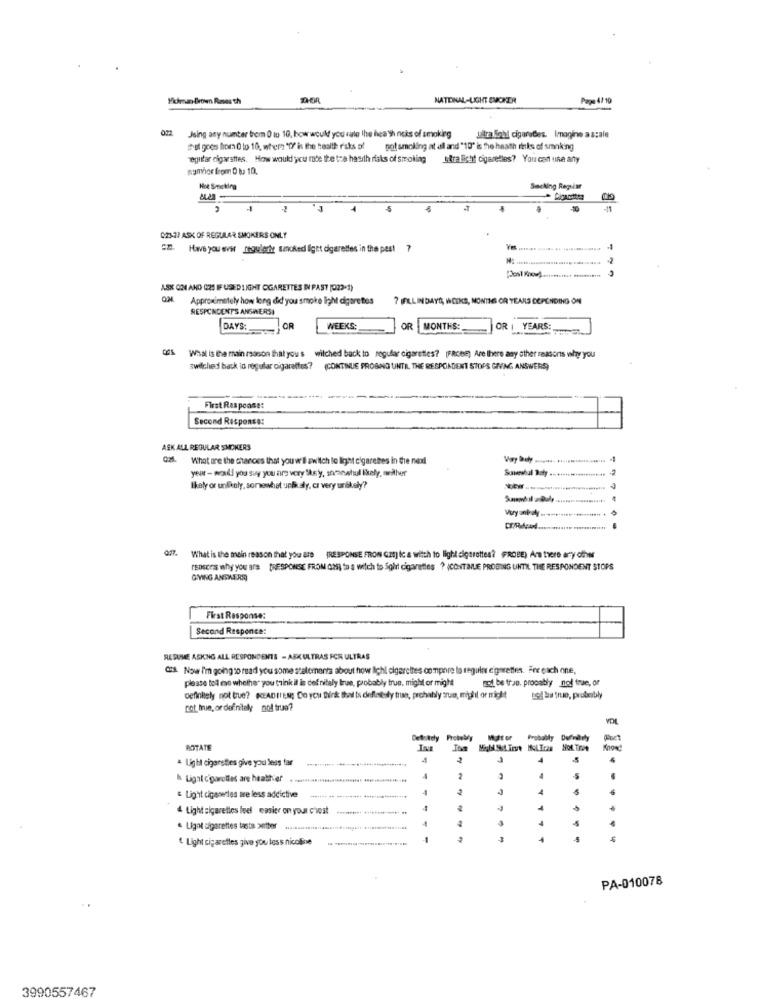
Hickman Brown Raves th
NATIONAL-LIGHT SMOKER
Page 4/ 10
Jsing any number from 0 to 10, how would you rate lhe heath ncks of smoking
ultralinhl cigaredes. Imagine a scale
tal goes from 0 to 10, where "ff' is the health risks of
got smelling at al and "10" is the heath risks of smoking
egitar cigarsttes. How would you rate the tre hasith risks of smoking Bralicht cigaretles? You can use any
nymher from D tu 10.
Hoe Smeking
Seeking Regular
TIS
-
3
023-27 ASK OF REGULAR SMOKERS ONLY
==. Have you ever regularly uncked ight cigarettes in the past ?
ASK ON AND (21 IF USED LIGHT OGARETTES IN PAST [023-1)
Approximately how long did you smoke light cigare tos
7 FELLINDAYS, WODKS, NONTHES OR YEARS DEPENDING ON
RESPONDENTS ANSINERSI
DAYS:
OR
WEEKS:
OR MONTHS:
OR | YEARS:
OF What is the main reason that you's wilched back to regular cigaretles? [FRceE) Are there any other reasons why you
swilched back in regular cigarettes? (CONTINUE PROBING UNTR THE RESPONDENT STOPS GIVING ANSWERS)
First Response:
Second Response:
ASK ALL REGULAR SMOKERS
Gal. What are the chances that you w Il switch lo light cigarettes in the noxl
year - woull you say you are very Ste y, sanshul likely näher
Sovevhal Daty ......
Ikaly or unfkaly, somewhat undcaly, cr very unlikely'?
Q77. What is the main reason that you are (RESPONSE FRON Gat] ic a witch to light cigarettes? (PROBE) Are there any other
reasons why you are [RESPONSE FROM DOS) to s witch to Sight cigarettes ? (CONTINUE PROBING UNTIL THE RESPONDENT STOPS
GIVING ANSWERS
First Response:
Second Responce:
RESUME ASKING ALL RESPONDENTS - ASKULTRAS FOR ULTRAS
Ci. Now I'm going to readl you some statements about how lichl cigarettes compare lo regular cigarettes. Fre each one,
plasse toll ese whether you think il is definitely true, probably true, migM or might
roll. be true, probably nol tre, or
definitely not true? KEADITEN; Do YOU think Bhil ts deflnesly true, probably que, might or might
to be true, probably
rot true, or definitely not true?
Probably
BOTATE
4
Light cigarstles give you less tar
k Lignt cigarettes are heather
-
2
Light cipeserles are less addictive
4 Light sigaretles feel easier on your chest
. Lignt cigarettes lasti petter
" Light cigaretles give you less nicoline
-5
PA-010078
3990557467